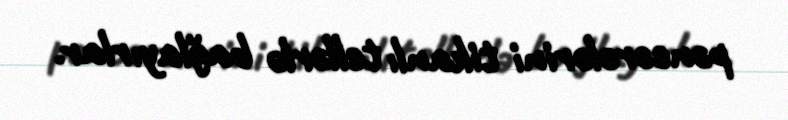
pəncərələrini tikanlı tellərlə bağlayırlar.